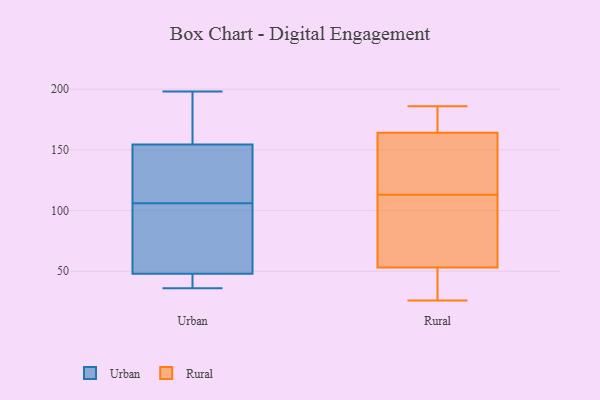
{"axis": {"x": "Production Output", "y": "Value"}, "legend": ["Rural", "Urban"], "data": [{"x": "", "y": 37, "type": "Urban"}, {"x": "", "y": 43, "type": "Urban"}, {"x": "", "y": 198, "type": "Urban"}, {"x": "", "y": 155, "type": "Urban"}, {"x": "", "y": 154, "type": "Urban"}, {"x": "", "y": 36, "type": "Urban"}, {"x": "", "y": 53, "type": "Urban"}, {"x": "", "y": 57, "type": "Urban"}, {"x": "", "y": 127, "type": "Urban"}, {"x": "", "y": 85, "type": "Urban"}, {"x": "", "y": 131, "type": "Urban"}, {"x": "", "y": 173, "type": "Urban"}, {"x": "", "y": 140, "type": "Rural"}, {"x": "", "y": 90, "type": "Rural"}, {"x": "", "y": 66, "type": "Rural"}, {"x": "", "y": 182, "type": "Rural"}, {"x": "", "y": 34, "type": "Rural"}, {"x": "", "y": 38, "type": "Rural"}, {"x": "", "y": 132, "type": "Rural"}, {"x": "", "y": 186, "type": "Rural"}, {"x": "", "y": 179, "type": "Rural"}, {"x": "", "y": 102, "type": "Rural"}, {"x": "", "y": 104, "type": "Rural"}, {"x": "", "y": 53, "type": "Rural"}, {"x": "", "y": 164, "type": "Rural"}, {"x": "", "y": 26, "type": "Rural"}, {"x": "", "y": 152, "type": "Rural"}, {"x": "", "y": 170, "type": "Rural"}, {"x": "", "y": 34, "type": "Rural"}, {"x": "", "y": 122, "type": "Rural"}]}